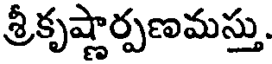
శ్రీకృష్ణార్పణమస్తు.